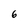
Character: 6